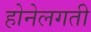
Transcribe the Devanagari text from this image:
होनेलगती